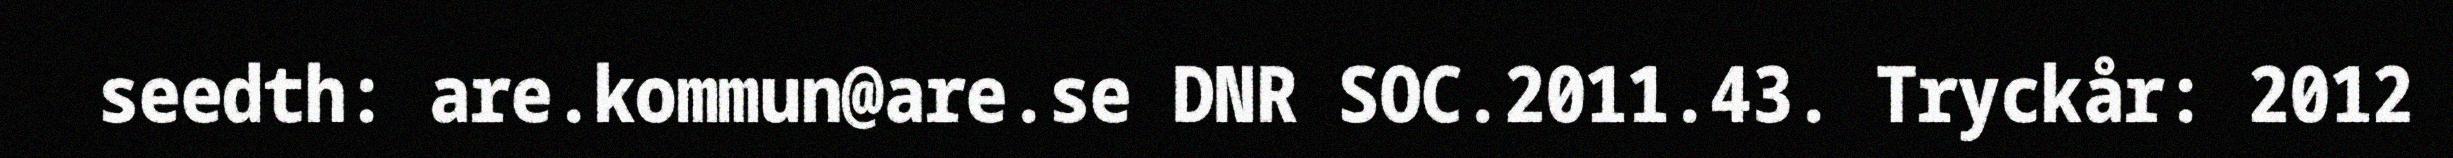
seedth: are.kommun@are.se DNR SOC.2011.43. Tryckår: 2012